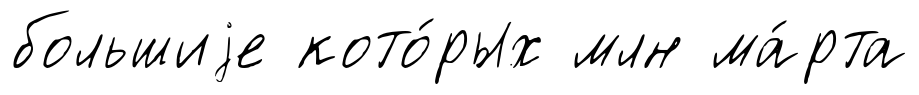
большиjе кото́рых млн ма́рта